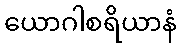
ယောဂါစရိယာနံ